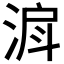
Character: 𣶉